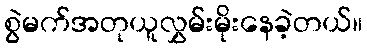
စွဲမက်အတုယူလွှမ်းမိုးနေခဲ့တယ်။